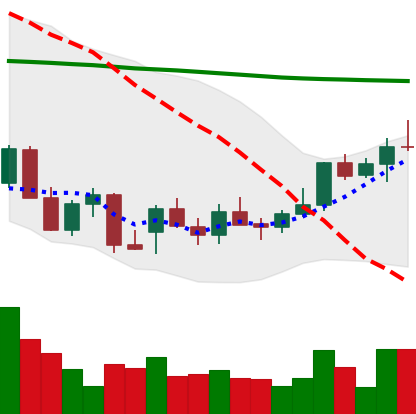
Ticker: LINK-USD
Chart end date: 2021-12-27
Forward return: -10.082%
Label: down_7plus